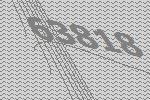
63818